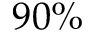
9 0 \%